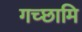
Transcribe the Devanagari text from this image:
गच्छामि